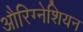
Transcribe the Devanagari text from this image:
औरिग्नेशियन